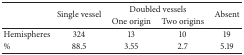
<table><thead><tr><td rowspan="2"></td><td rowspan="2"><b>Single vessel</b></td><td colspan="2"><b>Doubled vessels</b></td><td rowspan="2"><b>Absent</b></td></tr><tr><td><b>One origin</b></td><td><b>Two origins</b></td></tr></thead><tbody><tr><td>Hemispheres</td><td>324</td><td>13</td><td>10</td><td>19</td></tr><tr><td>%</td><td>88.5</td><td>3.55</td><td>2.7</td><td>5.19</td></tr></tbody></table>